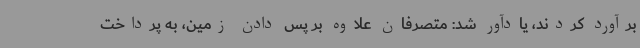
برآورد کردند، یادآور شد: متصرفان علاوه بر پس دادن زمین، به پرداخت